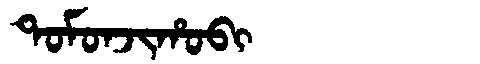
Manchu: ᡨᠣᠮᠣᠨᠵᡳᡥᠣᠪᡳ
Romanization: TOMONJIHOBI